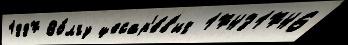
1887 Во́лгу цесар'е́в'ич 17431746